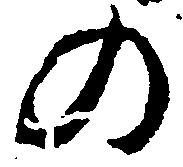
の